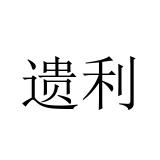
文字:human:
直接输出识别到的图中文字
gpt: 遗利